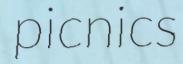
picnics